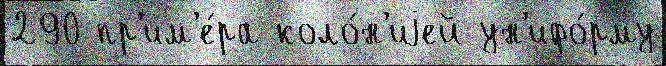
290 пр'им'е́ра коло́н'иjей ун'ифо́рму